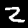
Digit: 2